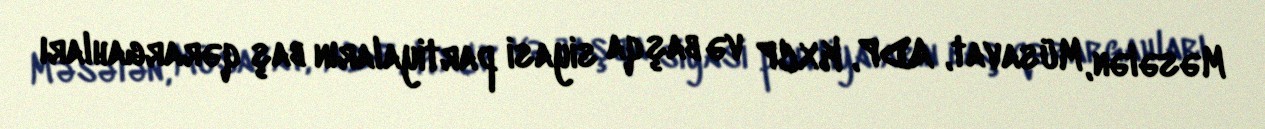
Məsələn, Müsavat, ADP, KXCP və başqa siyasi partiyaların baş qərargahları